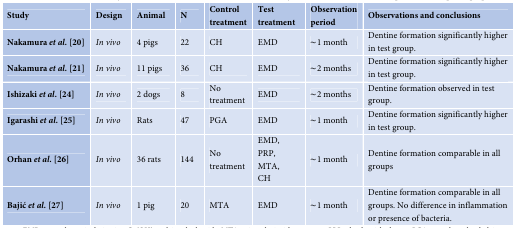
<table><thead><tr><td><b>Study </b></td><td><b>Design</b></td><td><b>Animal </b></td><td><b>N</b></td><td><b>Control treatment</b></td><td><b>Test treatment</b></td><td><b>Observation period</b></td><td><b>Observations and conclusions</b></td></tr></thead><tbody><tr><td><b>Nakamura </b><b><i>et al.</i></b><b> [</b>20<b>]</b></td><td><i>In vivo </i></td><td>4 pigs</td><td>22 </td><td>CH</td><td>EMD</td><td>∼1 month</td><td>Dentine formation significantly higher in test group.</td></tr><tr><td><b>Nakamura </b><b><i>et al.</i></b><b> [</b>21<b>]</b></td><td><i>In vivo </i></td><td>11 pigs</td><td>36 </td><td>CH</td><td>EMD</td><td>∼2 months</td><td>Dentine formation significantly higher in test group.</td></tr><tr><td><b>Ishizaki </b><b><i>et al.</i></b><b> [</b>24<b>]</b></td><td><i>In vivo </i></td><td>2 dogs</td><td>8 </td><td>No treatment</td><td>EMD</td><td>∼2 months</td><td>Dentine formation observed in test group.</td></tr><tr><td><b>Igarashi </b><b><i>et al.</i></b><b> [</b>25<b>]</b></td><td><i>In vivo </i></td><td>Rats</td><td>47</td><td>PGA</td><td>EMD</td><td>∼1 month</td><td>Dentine formation significantly higher in test group.</td></tr><tr><td><b>Orhan </b><b><i>et al.</i></b><b> [</b>26<b>]</b></td><td><i>In vivo </i></td><td>36 rats</td><td>144 </td><td>No treatment</td><td>EMD, PRP, MTA, CH</td><td>∼1 month</td><td>Dentine formation comparable in all groups</td></tr><tr><td><b>Bajić </b><b><i>et al.</i></b><b> [</b>27<b>]</b></td><td><i>In vivo </i></td><td>1 pig</td><td>20</td><td>MTA</td><td>EMD</td><td>∼1 month</td><td>Dentine formation comparable in all groups. No difference in inflammation or presence of bacteria.</td></tr></tbody></table>